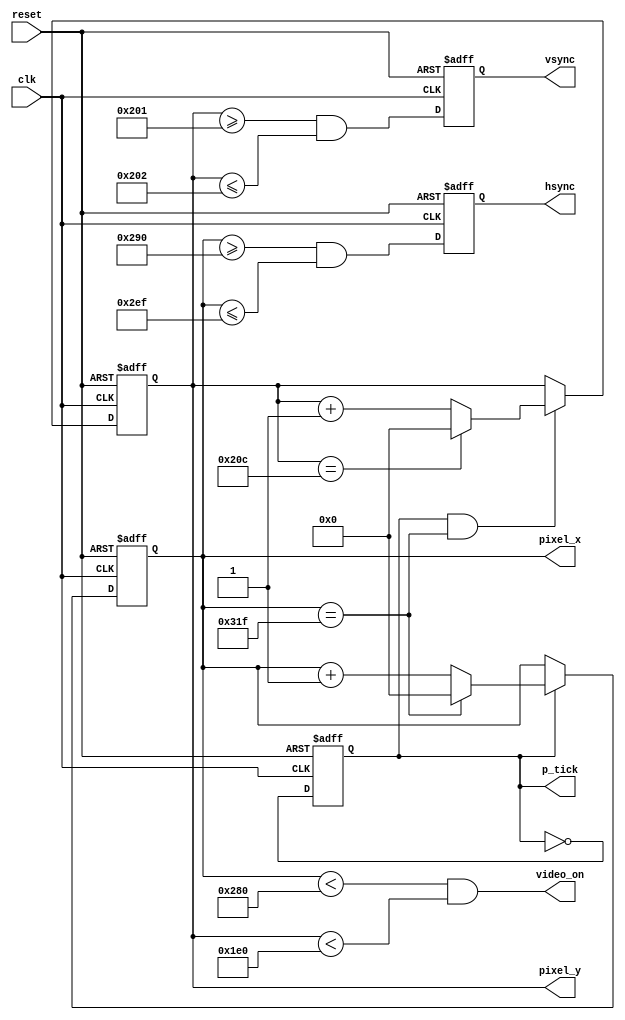
module  sincronizador_VGA
	(
	input wire clk, reset, 
	output wire hsync, vsync , video_on, p_tick, 
	output wire [9:0] pixel_x, pixel_y 
	) ;  

// declaracion constantes 
// VGA  640-by-480  parametros de sincronizacion 
	localparam HD = 640; //  horizontal display area   
	localparam HF = 48;  //  h.front (borde izq) 
	localparam HB = 16;  //  h.back (borde derecho)   
	localparam HR = 96;  //  h. retraso  
	localparam VD = 480; //  vertical display area  
	localparam VF = 10;  //  v.front (top) border  
	localparam VB = 33;  //  v.back (bottom) border  
	localparam VR = 2;  //  v.retraso  
	
//mod-2 contador  
	reg mod2_reg; 
	wire mod2_next; 
//contadores de sincronizacion 
	reg [9:0]  h_count_reg,  h_count_next; 
	reg [9:0]  v_count_reg , v_count_next ; 
//buffer de salida  
	reg v_sync_reg , h_sync_reg ; 
	wire v_sync_next , h_sync_next ; 
//seales de estado  
	wire h_end, v_end, pixel_tick; 

//cuerpo
//registros  
	always @(posedge clk, posedge reset) 
		if(reset) 
			begin  
				mod2_reg <= 1'b0; 
				v_count_reg <= 0 ;  
				h_count_reg <= 0 ;  
				v_sync_reg <= 1'b0; 
				h_sync_reg <= 1'b0; 
			end 
		else  
			begin  
				mod2_reg <= mod2_next ; 
				v_count_reg <= v_count_next; 
				h_count_reg  <=  h_count_next; 
				v_sync_reg  <=  v_sync_next;
				h_sync_reg  <=  h_sync_next; 
			end 
				
//mod-2  circuit to generate 25 MHz enable tick  
	assign mod2_next = ~mod2_reg; 
	assign pixel_tick = mod2_reg; 
	
//seales de estado 
//end of horizontal counter (799)  
	assign h_end =(h_count_reg==(HD+HF+HB+HR-1)); 
//end of vertical counter (524)  
	assign v_end =(v_count_reg==(VD+VF+VB+VR-1))  ; 

//next-state logicn of mod-800 horizontal sync counter  
	always @* 
		if (pixel_tick) //25 MHz pulse  
			if   (h_end) 
				h_count_next = 0 ;  
			else  
				h_count_next = h_count_reg + 1; 
		else  
			h_count_next = h_count_reg; 

//next-state logic of mod-525 vertical sync counter  
	always @* 
		if (pixel_tick & h_end) 
			if (v_end) 
				v_count_next = 0;  
			else  
				v_count_next = v_count_reg + 1; 
		else  
			v_count_next = v_count_reg; 

// horizontal and vertical sync, buffered to avoid glitch  
// h_sync_next asserted between 656 and 751 
	assign h_sync_next =(h_count_reg>=(HD+HB) && 
								h_count_reg<=(HD+HB+HR-1)); 
// vh_sync_next asserted between 490 and 491 
	assign v_sync_next = (v_count_reg>=(VD+VB)  && 
								v_count_reg<=(VD+VB+VR-1)); 
// video on/off  
	assign video_on = (h_count_reg<HD) && (v_count_reg<VD); 
	
// output  
	assign hsync = h_sync_reg; 
	assign vsync = v_sync_reg; 
	assign pixel_x = h_count_reg; 
	assign pixel_y = v_count_reg; 
	assign p_tick = pixel_tick; 

endmodule